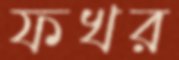
ফখর